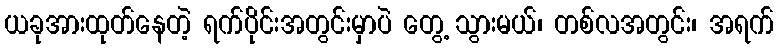
ယခုအားထုတ်နေတဲ့ ရက်ပိုင်းအတွင်းမှာပဲ တွေ့ သွားမယ်၊ တစ်လအတွင်း၊ အရက်